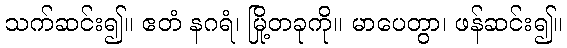
သက်ဆင်း၍။ ဧတံ နဂရံ၊ မြို့တခုကို။ မာပေတွာ၊ ဖန်ဆင်း၍။